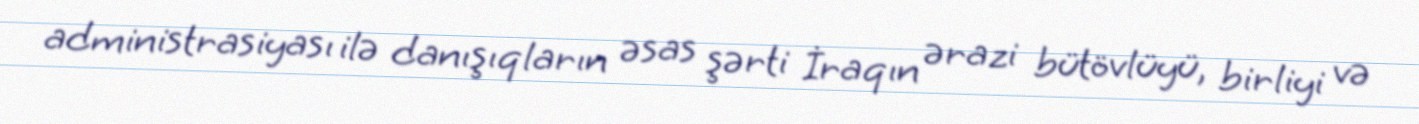
administrasiyası ilə danışıqların əsas şərti İraqın ərazi bütövlüyü, birliyi və